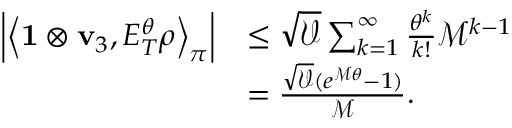
\begin{array} { r l } { \left\lvert \left\langle \mathbf { 1 } \otimes \mathbf { v } _ { 3 } , E _ { T } ^ { \theta } \boldsymbol \rho \right\rangle _ { \boldsymbol \pi } \right\rvert } & { \leq \sqrt { \mathcal { V } } \sum _ { k = 1 } ^ { \infty } \frac { \theta ^ { k } } { k ! } \mathcal { M } ^ { k - 1 } } \\ & { = \frac { \sqrt { \mathcal { V } } ( e ^ { \mathcal { M } \theta } - 1 ) } { \mathcal { M } } . } \end{array}